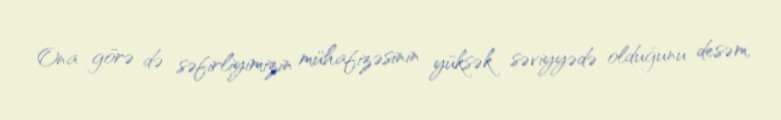
Ona görə də səfirliyimizin mühafizəsinin yüksək səviyyədə olduğunu desəm,